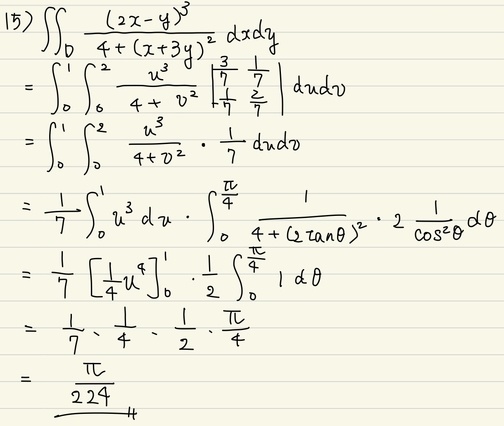
\[
\begin{align*}
&\iint_{D} \frac{(2x - y)^{3}}{4+(x + 3y)^{2}}dxdy\\
=&\int_{0}^{1}\int_{0}^{2}\frac{u^{3}}{4 + v^{2}}\left|\begin{array}{cc}\frac{3}{7}&\frac{1}{7}\\-\frac{1}{7}&\frac{2}{7}\end{array}\right|dudv\\
=&\int_{0}^{1}\int_{0}^{2}\frac{u^{3}}{4 + v^{2}}\cdot\frac{1}{7}dudv\\
=&\frac{1}{7}\int_{0}^{1}u^{3}du\cdot\int_{0}^{\frac{\pi}{4}}\frac{1}{4+(2\tan\theta)^{2}}\cdot2\frac{1}{\cos^{2}\theta}d\theta\\
=&\frac{1}{7}\left[\frac{1}{4}u^{4}\right]_{0}^{1}\cdot\frac{1}{2}\int_{0}^{\frac{\pi}{4}}1d\theta\\
=&\frac{1}{7}\cdot\frac{1}{4}\cdot\frac{1}{2}\cdot\frac{\pi}{4}\\
=&\frac{\pi}{224}
\end{align*}
\]